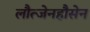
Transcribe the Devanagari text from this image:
लौत्जेनहौसेन